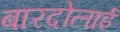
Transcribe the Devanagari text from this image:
बारदोलाई